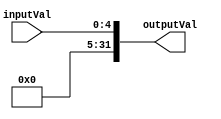
`timescale 1ns / 1ps
//////////////////////////////////////////////////////////////////////////////////
// Company: 
// Engineer: 
// 
// Design Name: 
// Module Name: SignExtend5to32
// Project Name: 
// Target Devices: 
// Tool Versions: 
// Description: 
// 
// Dependencies: 
// 
// Revision:
// Revision 0.01 - File Created
// Additional Comments:
// 
//////////////////////////////////////////////////////////////////////////////////


module SignExtend5to32(inputVal, outputVal);
input [4:0] inputVal;
output reg [31:0] outputVal;

always @(*) begin
    outputVal <= {27'b000000000000000000000000000, inputVal};

end

endmodule